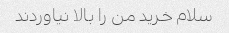
سلام خرید من را بالا نیاوردند